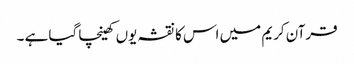
قرآن کریم میں اس کا نقشہ یوں کھینچا گیا ہے ۔